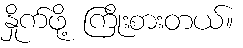
နှိုက်ဖို့ ကြိုးစားတယ်။